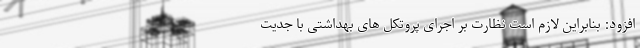
افزود: بنابراین لازم است نظارت بر اجرای پروتکل های بهداشتی با جدیت